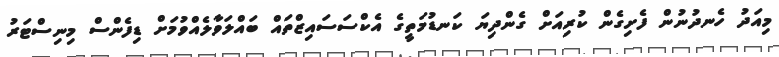
މިއަދު ހެނދުނުން ފެށިގެން ކުރިއަށް ގެންދިޔަ ކަނޑުމަތީގެ އެކްސަސައިޒްތައް ބައްލަވާލެއްވުމަށް ޑިފެންސް މިނިސްޓަރު